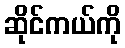
ဆိုင်ကယ်ကို